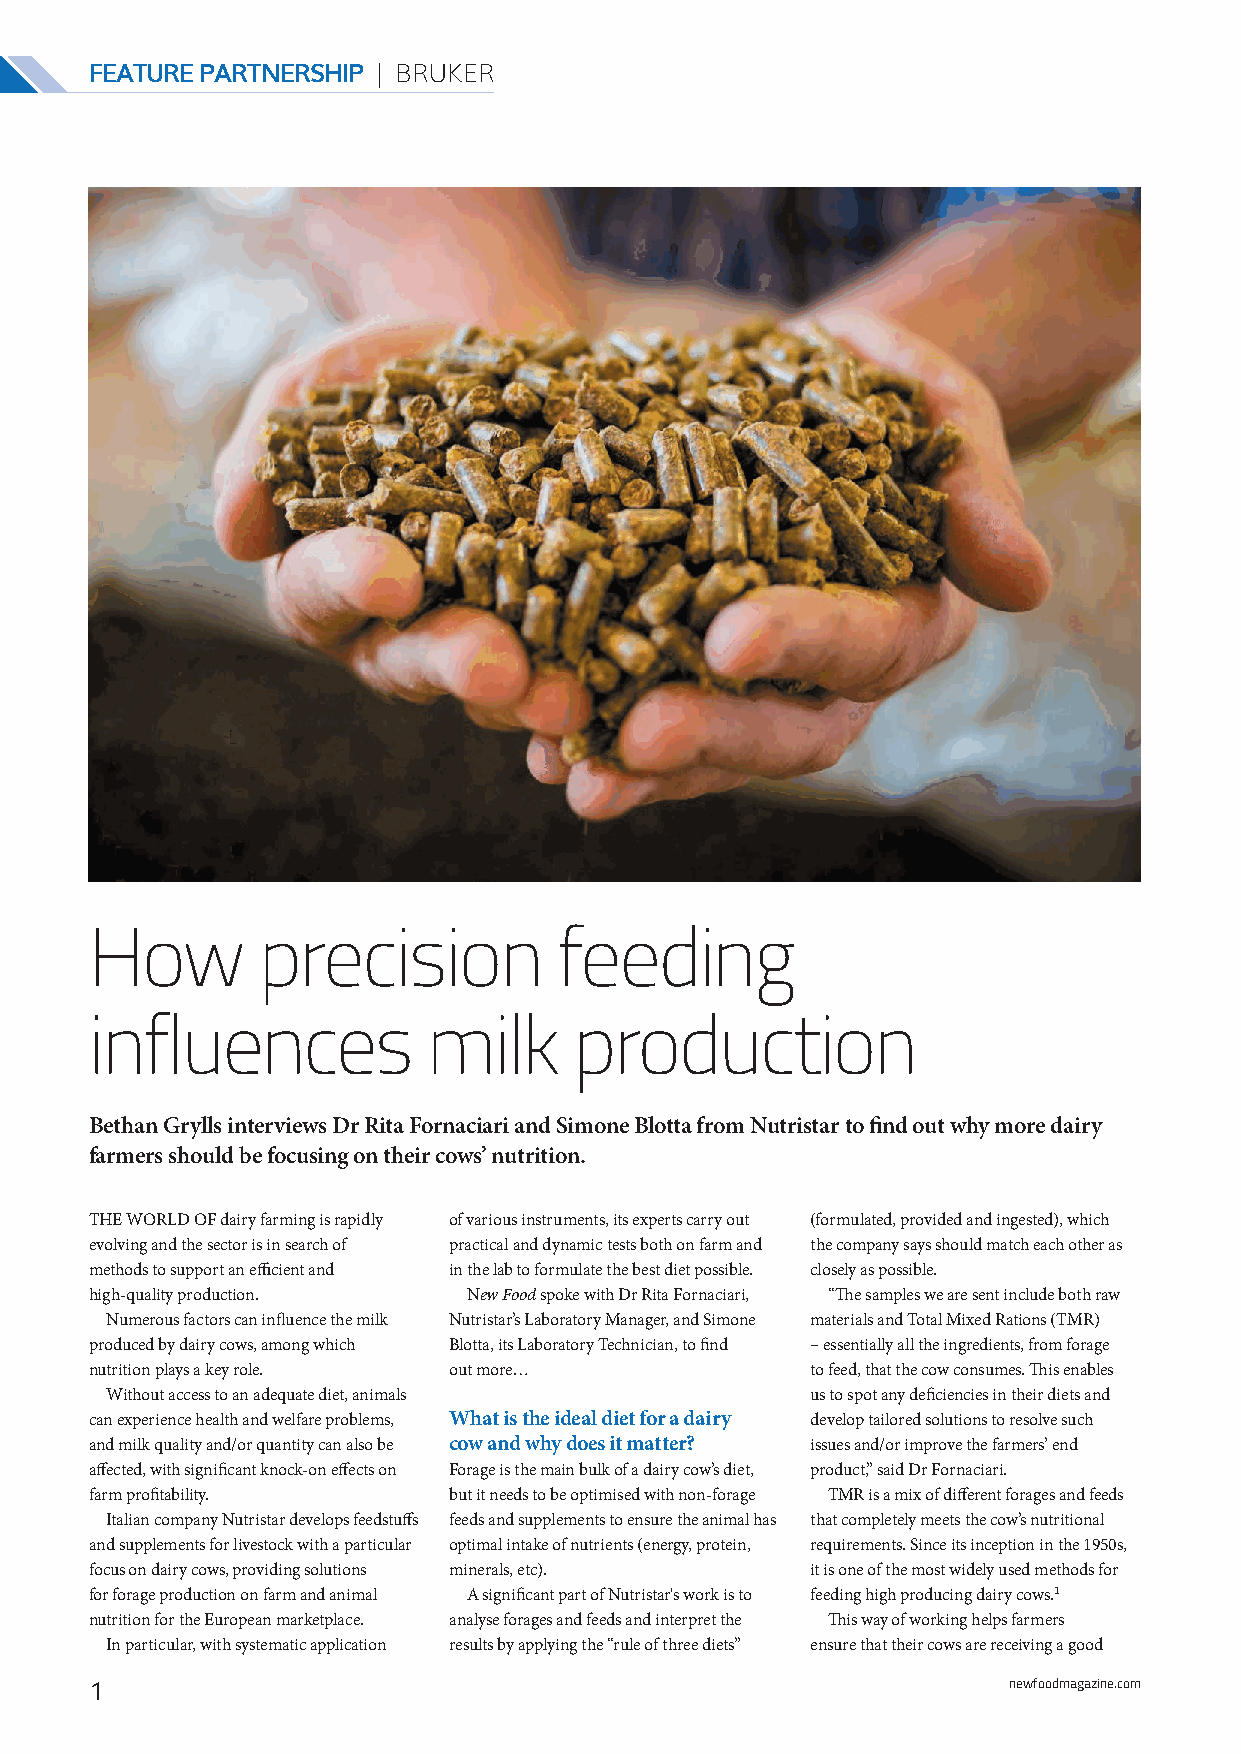
FEATURE PARTNERSHIP | BRUKER
 How        precision           feeding
 influences            milk      production
 Bethan Grylls interviews Dr Rita Fornaciari and Simone Blotta from Nutristar to find out why more dairy
 farmers should be focusing on their cows’ nutrition.
 THE WORLD OF dairy farming is rapidly of various instruments, its experts carry out (formulated, provided and ingested), which
 evolving and the sector is in search of practical and dynamic tests both on farm and the company says should match each other as
 methods to support an efficient and in the lab to formulate the best diet possible. closely as possible.
 high-quality production. New Food spoke with Dr Rita Fornaciari, “The samples we are sent include both raw
 Numerous factors can influence the milk Nutristar’s Laboratory Manager, and Simone materials and Total Mixed Rations (TMR)
 produced by dairy cows, among which Blotta, its Laboratory Technician, to find – essentially all the ingredients, from forage
 nutrition plays a key role. out more…           to feed, that the cow consumes. This enables
 Without access to an adequate diet, animals    us to spot any deficiencies in their diets and
 can experience health and welfare problems, What is the ideal diet for a dairy develop tailored solutions to resolve such
 and milk quality and/or quantity can also be cow and why does it matter? issues and/or improve the farmers’ end
 affected, with significant knock-on effects on Forage is the main bulk of a dairy cow’s diet, product,” said Dr Fornaciari.
 farm profitability.     but it needs to be optimised with non-forage TMR is a mix of different forages and feeds
 Italian company Nutristar develops feedstuffs feeds and supplements to ensure the animal has that completely meets the cow’s nutritional
 and supplements for livestock with a particular optimal intake of nutrients (energy, protein, requirements. Since its inception in the 1950s,
 focus on dairy cows, providing solutions minerals, etc). it is one of the most widely used methods for
 for forage production on farm and animal A significant part of Nutristar's work is to feeding high producing dairy cows.1
 nutrition for the European marketplace. analyse forages and feeds and interpret the This way of working helps farmers
 In particular, with systematic application results by applying the “rule of three diets” ensure that their cows are receiving a good
 1                                                            newfoodmagazine.com